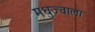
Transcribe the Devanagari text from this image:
मधुज्वाला